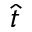
\widehat { t }